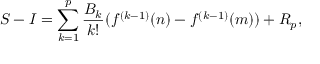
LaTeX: S - I = \sum _ { k = 1 } ^ { p } { { \frac { B _ { k } } { k ! } } ( f ^ { ( k - 1 ) } ( n ) - f ^ { ( k - 1 ) } ( m ) ) } + R _ { p } ,